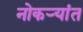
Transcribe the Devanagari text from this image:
नोकऱ्यांत